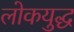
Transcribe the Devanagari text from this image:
लोकयुद्ध